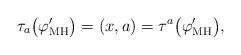
LaTeX: \begin{align*} \tau_{a}\bigl(\varphi_{\mathrm{MH}}'\bigr) = (x,a) = \tau^{a}\bigl(\varphi_{\mathrm{MH}}'\bigr), \end{align*}